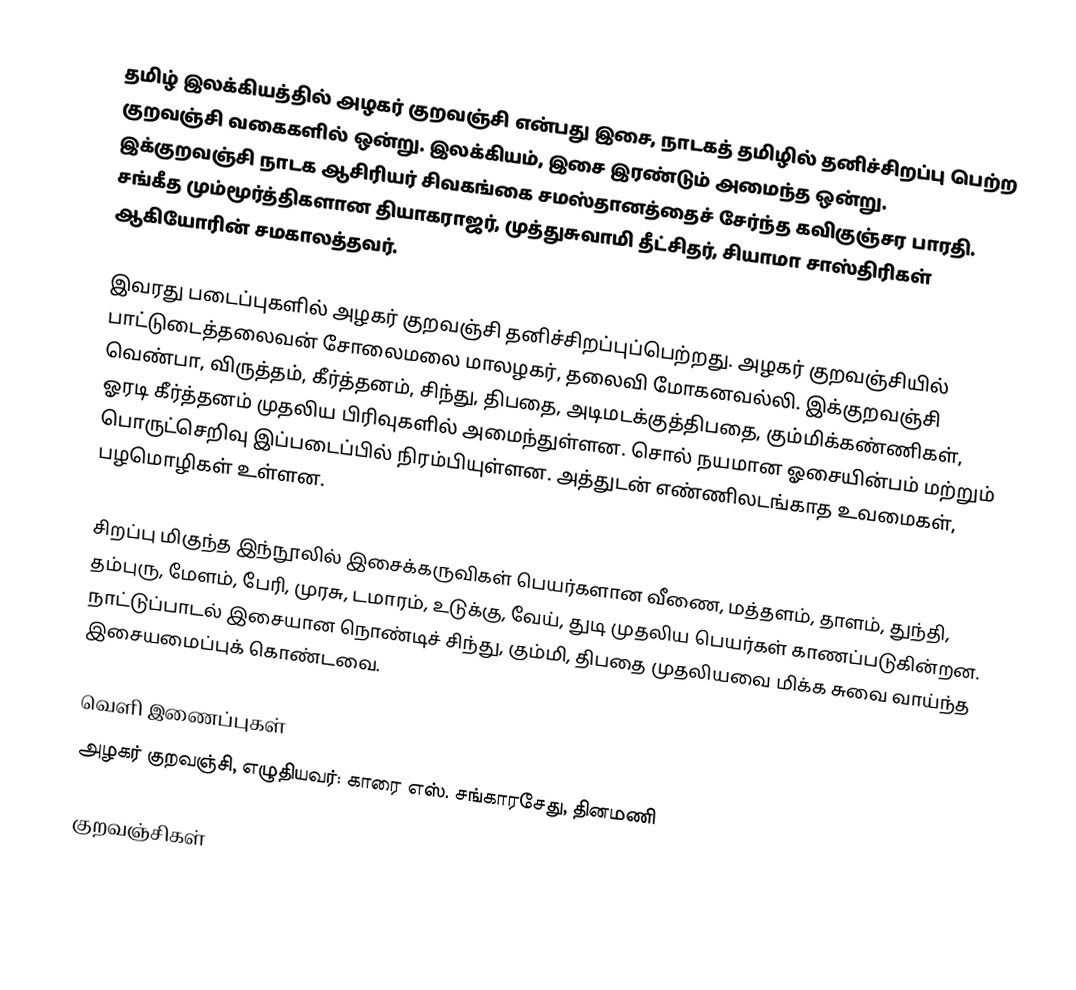
தமிழ் இலக்கியத்தில் அழகர் குறவஞ்சி என்பது இசை, நாடகத் தமிழில் தனிச்சிறப்பு பெற்ற குறவஞ்சி வகைகளில் ஒன்று. இலக்கியம், இசை இரண்டும் அமைந்த ஒன்று. இக்குறவஞ்சி நாடக ஆசிரியர் சிவகங்கை சமஸ்தானத்தைச் சேர்ந்த கவிகுஞ்சர பாரதி. சங்கீத மும்மூர்த்திகளான தியாகராஜர், முத்துசுவாமி தீட்சிதர், சியாமா சாஸ்திரிகள் ஆகியோரின் சமகாலத்தவர்.

இவரது படைப்புகளில் அழகர் குறவஞ்சி தனிச்சிறப்புப்பெற்றது. அழகர் குறவஞ்சியில் பாட்டுடைத்தலைவன் சோலைமலை மாலழகர், தலைவி மோகனவல்லி. இக்குறவஞ்சி வெண்பா, விருத்தம், கீர்த்தனம், சிந்து, திபதை, அடிமடக்குத்திபதை, கும்மிக்கண்ணிகள், ஓரடி கீர்த்தனம் முதலிய பிரிவுகளில் அமைந்துள்ளன. சொல் நயமான ஓசையின்பம் மற்றும் பொருட்செறிவு இப்படைப்பில் நிரம்பியுள்ளன. அத்துடன் எண்ணிலடங்காத உவமைகள், பழமொழிகள் உள்ளன.

சிறப்பு மிகுந்த இந்நூலில் இசைக்கருவிகள் பெயர்களான வீணை, மத்தளம், தாளம், துந்தி, தம்புரு, மேளம், பேரி, முரசு, டமாரம், உடுக்கு, வேய், துடி முதலிய பெயர்கள் காணப்படுகின்றன. நாட்டுப்பாடல் இசையான நொண்டிச் சிந்து, கும்மி, திபதை முதலியவை மிக்க சுவை வாய்ந்த இசையமைப்புக் கொண்டவை.

வெளி இணைப்புகள்
அழகர் குறவஞ்சி, எழுதியவர்: காரை எஸ். சங்காரசேது, தினமணி

குறவஞ்சிகள்